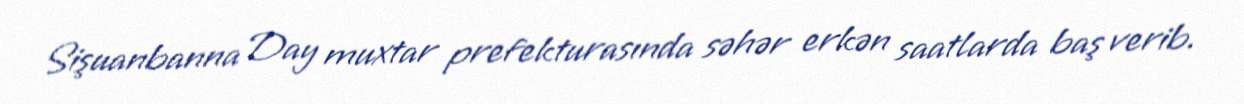
Sişuanbanna Day muxtar prefekturasında səhər erkən saatlarda baş verib.